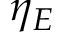
\eta _ { E }